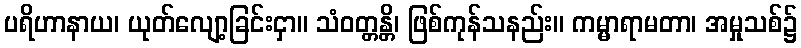
ပရိဟာနာယ၊ ယုတ်လျော့ခြင်းငှာ။ သံဝတ္တန္တိ၊ ဖြစ်ကုန်သနည်း။ ကမ္မာရာမတာ၊ အမှုသစ်၌